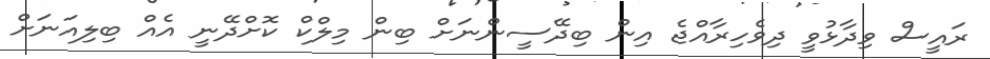
ރައީސް ވިދާޅުވީ ދިވެހިރާއްޖެ އިން ބިދޭސީންނަށް ބިން މިލްކް ކޮށްދޭނީ އެއް ބިލިއަނަށް